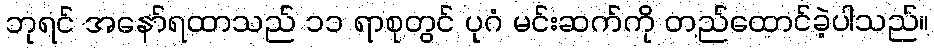
ဘုရင် အနော်ရထာသည် ၁၁ ရာစုတွင် ပုဂံ မင်းဆက်ကို တည်ထောင်ခဲ့ပါသည်။